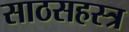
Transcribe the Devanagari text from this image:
साठसहस्त्र